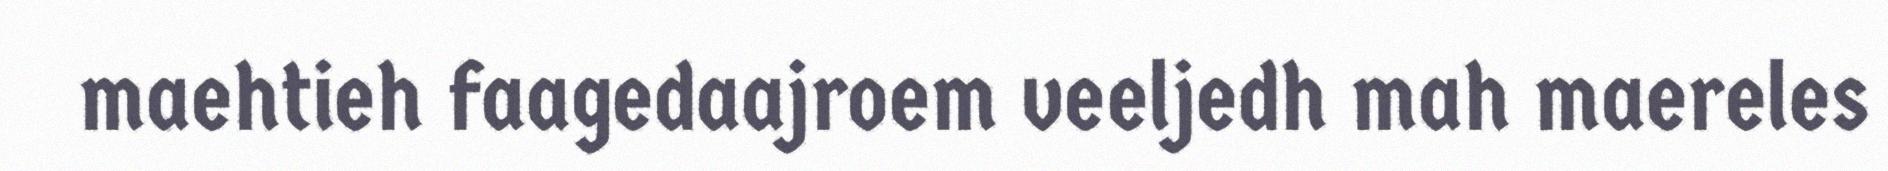
maehtieh faagedaajroem veeljedh mah maereles